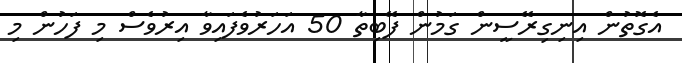
އެގޮތުން އިނިގިރޭސީން ގަމުން ފޭބިތާ 50 އަހަރުވެފައިވާ އިރުވެސް މި ފަހުން މި